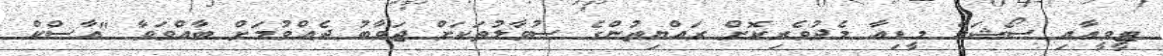
ޓީވީއާއި ސޯޝަލް މީޑިއާ މެދުވެރިކޮށް ރައްޔިތުންގެ ސުވާލުތަކަށް ޖަވާބު ދެއްވުމަށް ބާއްވަވާ "އާސްކް